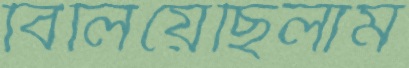
বিলিয়েছিলাম